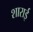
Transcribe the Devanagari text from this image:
शाराई